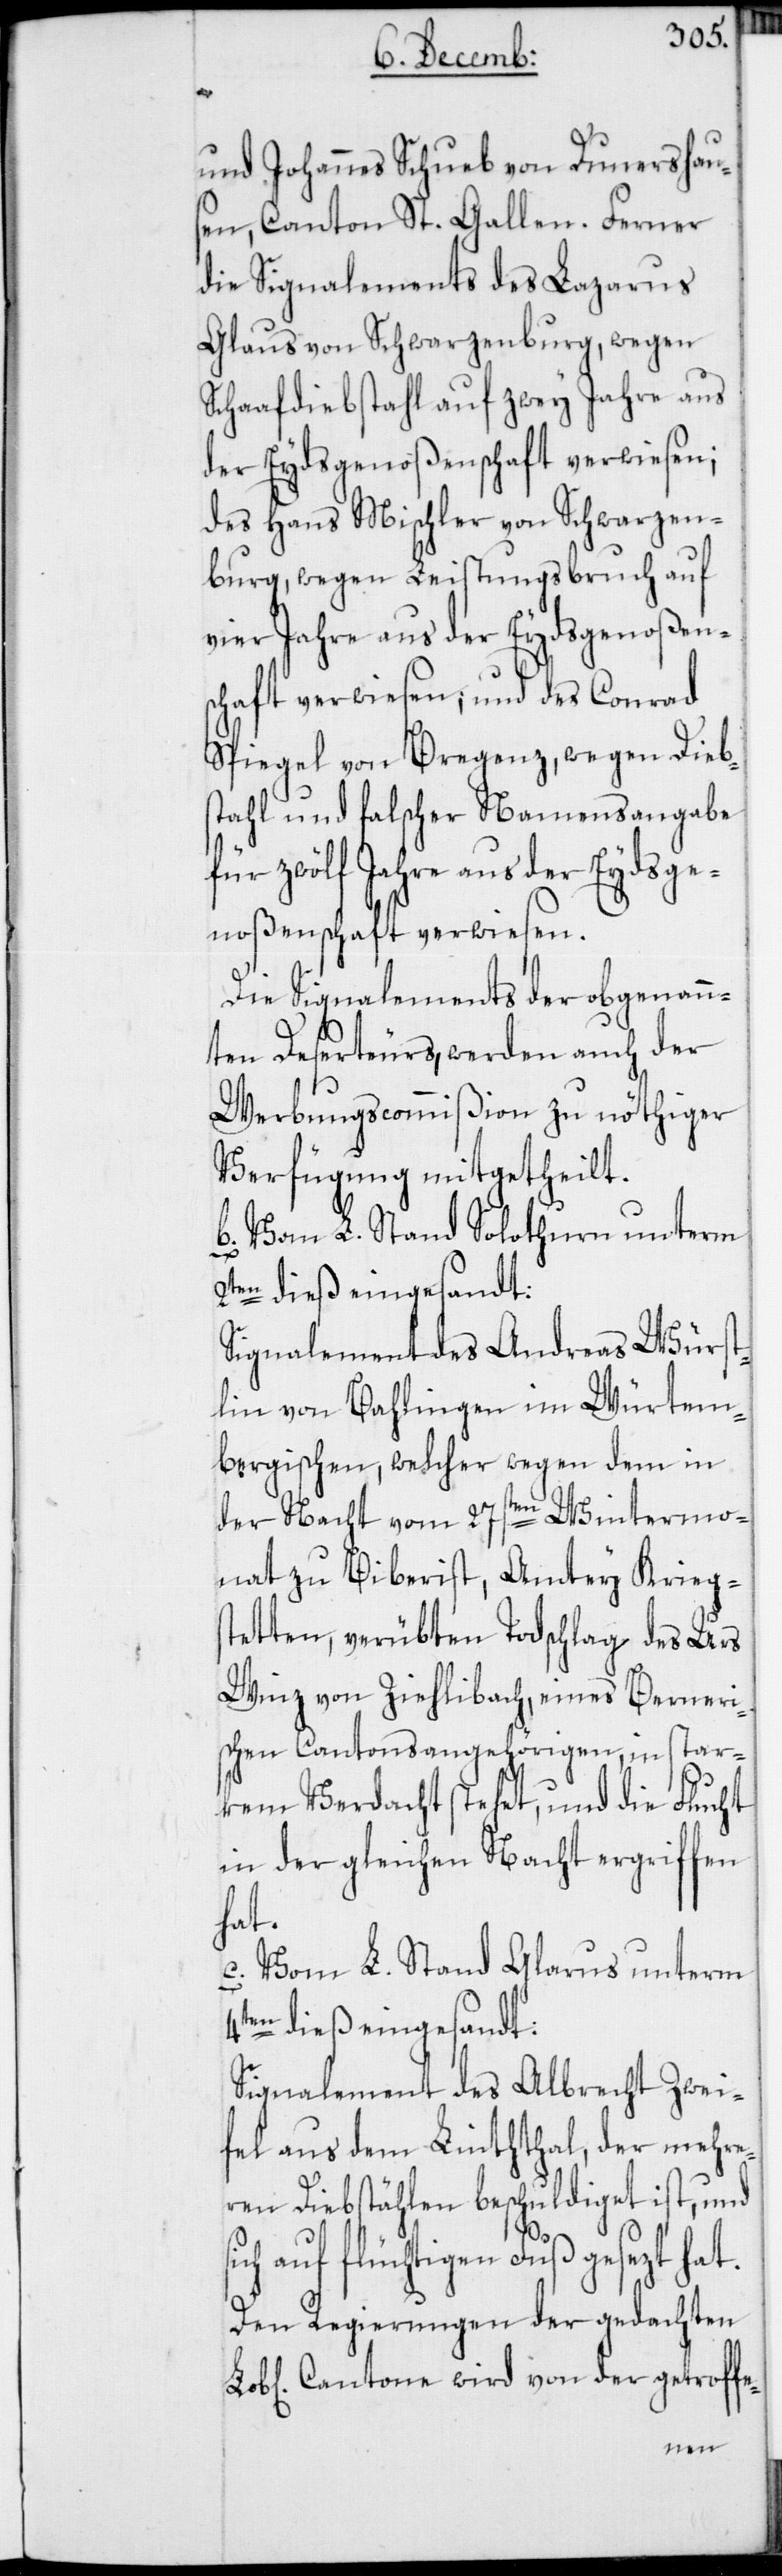
und Johannes Schueb von Dunershau¬
sen, Canton St. Gallen. Ferner
die Signalements des Lazarus
Glaus von Schwarzenburg, wegen
Schaafdiebstahl auf zwey Jahre aus
der Eydsgenoßenschaft verwiesen;
des Hans Mischler von Schwarzen¬
burg, wegen Leistungsbruch auf
vier Jahre aus der Eydsgenoßens¬
chaft verwiesen; und des Conrad
Spiegel von Bregenz, wegen Dieb¬
stahl und falscher Namensangabe
für zwölf Jahre aus der Eydsge¬
noßenschaft verwiesen.
Die Signalements der obgenan¬
nten Deserteurs, werden auch der
Werbungscommißion zu nöthiger
Verfügung mitgetheilt.
b. Vom L. Stand Solothurn unterm
2ten dieß eingesandt:
Signalement des Andreas Würs¬
tlin von Bahlingen im Würtem¬
bergischen, welcher wegen dem in
der Nacht vom 27sten Wintermo¬
nat zu Biberist, Amtey Kriegs¬
tetten, verübten Todschlag des Urs
Winz von Ziehlibach, eines Berneri¬
schen Cantonsangehörigen, in star¬
kem Verdacht stehet, und die Flucht
in der gleichen Nacht ergriffen
hat.
c. Vom L. Stand Glarus unterm
4ten dieß eingesandt:
Signalement des Albrecht Zwei¬
fel aus dem Linththal, der mehre¬
ren Diebstählen beschuldiget ist, und
auf flüchtigen Fuß gesezt hat.
Den Regierungen der gedachten
Cantone wird von der getroffe-